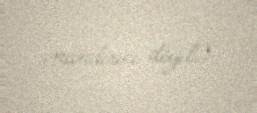
inandırıcı deyil.).